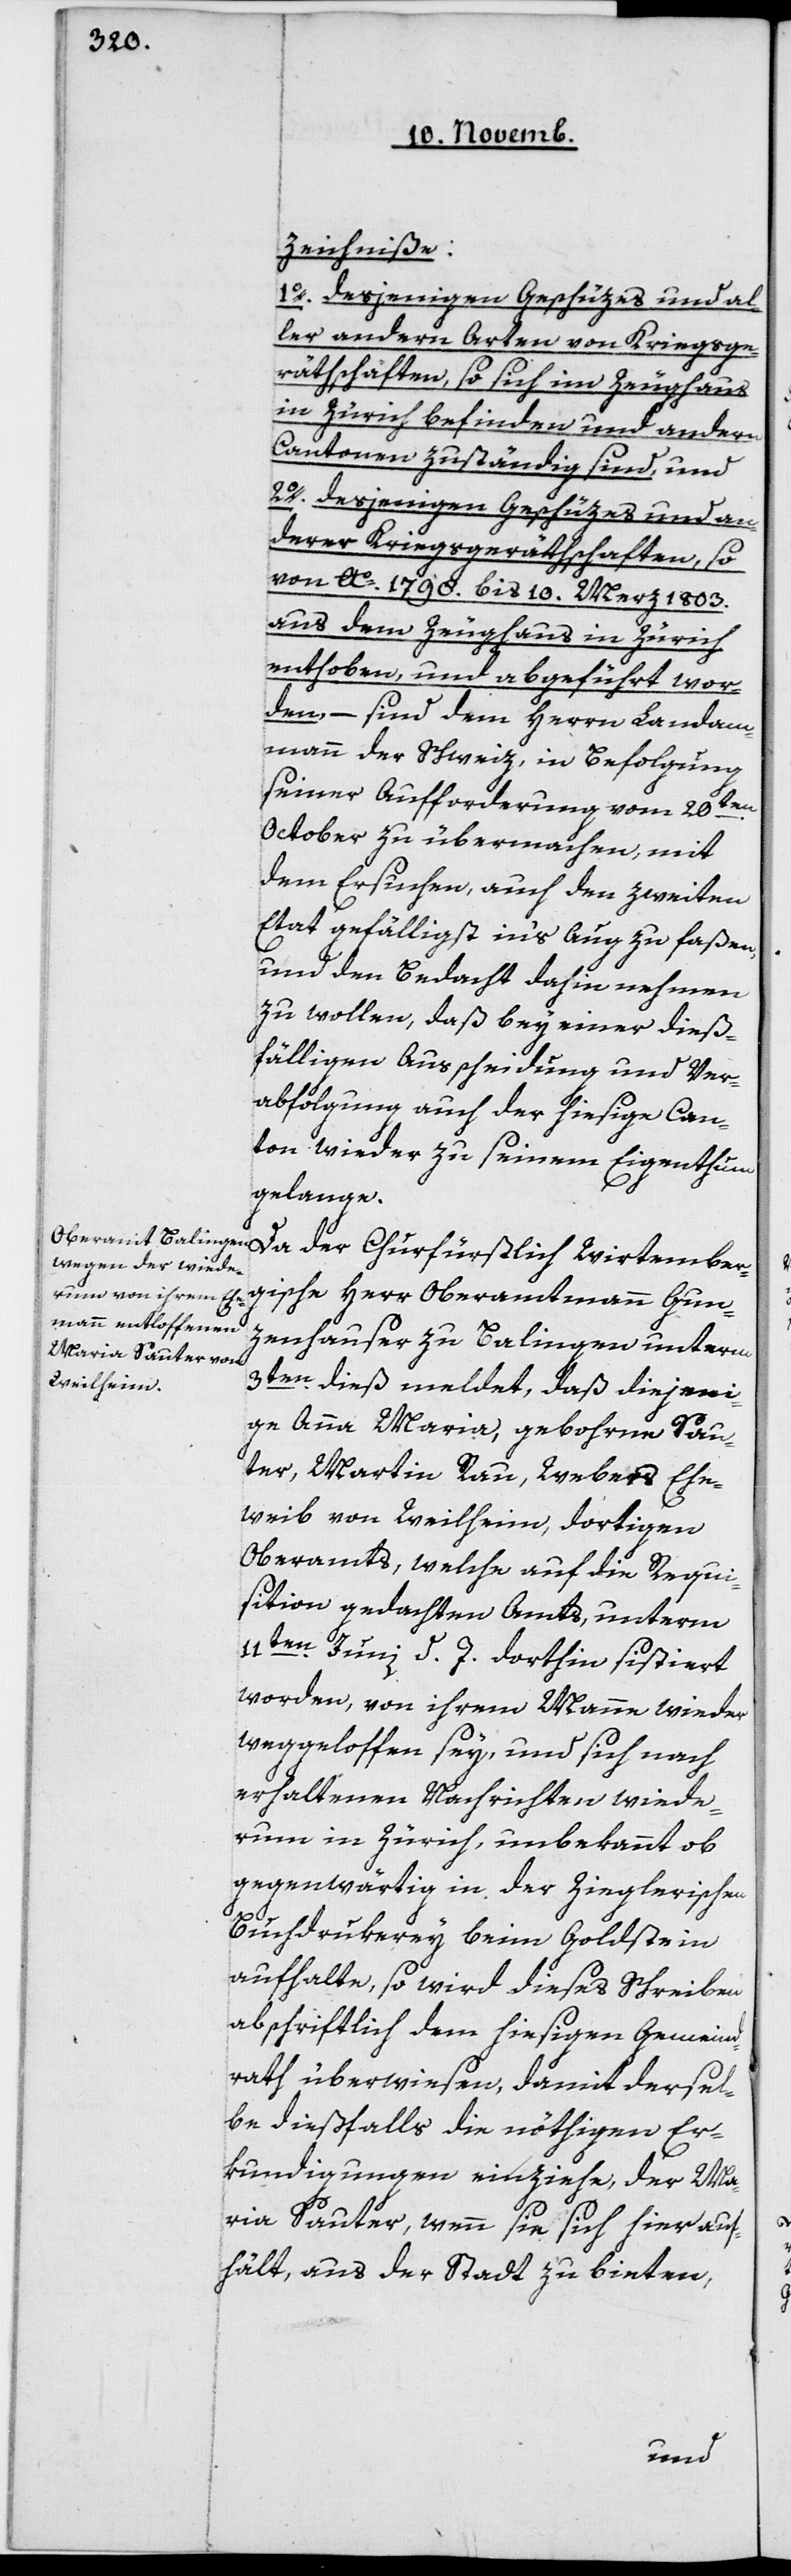
zeichniße:
1o desjenigen Geschüzes und al¬
ler andern Arten von Kriegsge¬
räthschaften, so sich im Zeughaus
in Zürich befinden und andern
Cantonen zuständig sind, und
2o desjenigen Geschüzes und an¬
derer Kriegsgeräthschaften, so
von Ao 1798 bis 10. Merz 1803
aus dem Zeughaus in Zürich
enthoben, und abgeführt wor¬
den, – sind dem Herrn Landam¬
mann der Schweiz, in Befolgung
seiner Aufforderung vom 20ten
October zu übermachen, mit
dem Ersuchen, auch den zweiten
Etat gefälligst ins Auge zu faßen,
und den Bedacht dahin nehmen
zu wollen, daß bey einer dieß¬
fälligen Ausscheidung und Ver¬
abfolgung auch der hiesige Can¬
ton wieder zu seinem Eigenthum
gelange.
Da der Churfürstlich Würtember¬
gische Herr Oberamtmann Gun¬
zenhauser zu Balingen unterm
3ten dieß meldet, daß diejeni¬
ge Anna Maria, geborene Sau¬
ter, Martin Rau, Webers Ehe¬
weib von Weilheim, dortigen
Oberamts, welche auf die Requi¬
sition gedachten Amts, unterm
11ten Juni d. J. dorthin sistiert
worden, von ihrem Manne wieder
weggeloffen sey, und sich nach
erhaltenen Nachrichten wiede¬
rum in Zürich, unbekannt ob
gegenwärtig in der Zieglerischen
Buchdrukerey beim Goldstein
aufhalte, so wird dieses Schreiben
abschriftlich dem hiesigen Gemeind¬
rath überwiesen, damit dersel¬
be diesfalls die nöthigen Er¬
kundigungen einziehe, der Ma¬
ria Sauter, wenn sie sich hier auf¬
hält, aus der Stadt zu bieten,